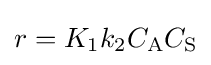
r=K_{1}k_{2}C_{\mathrm {A} }C_{\mathrm {S} }